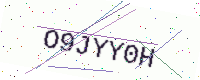
Text: O9JYY0H